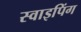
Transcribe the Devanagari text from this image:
स्वाइपिंग